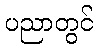
ပညာတွင်